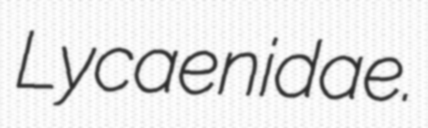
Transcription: Lycaenidae.